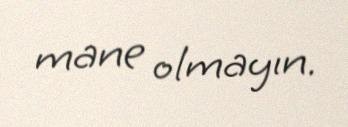
mane olmayın.